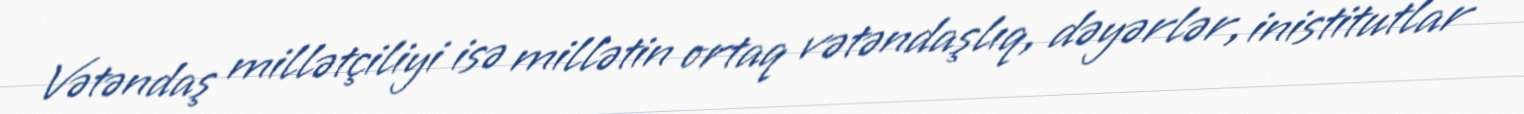
Vətəndaş millətçiliyi isə millətin ortaq vətəndaşlıq, dəyərlər, inistitutlar